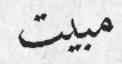
مبيت